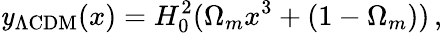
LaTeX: \mathit{y}_{\Lambda\mathrm{{CDM}}}(x)=H_{0}^{2}(\Omega_{m}x^{3}+(1-\Omega_{m}))\, ,